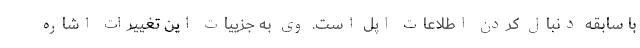
با سابقه دنبال کردن اطلاعات اپل است. وی به جزییات این تغییرات اشاره